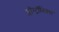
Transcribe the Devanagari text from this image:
ब्लॉग्ट्रॉनिक्स